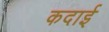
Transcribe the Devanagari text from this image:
कदाई